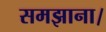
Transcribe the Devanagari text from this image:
समझाना।